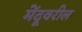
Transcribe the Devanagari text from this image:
मेंदूवरील